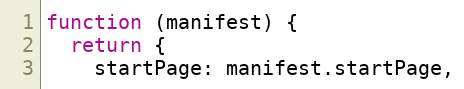
Language: JavaScript
function (manifest) {
  return {
    startPage: manifest.startPage,